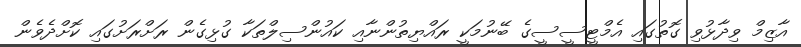
އާޒިމް ވިދާޅުވި ގޮތުގައި އެމްޓީސީސީގެ ބޭނުމަކީ ރައްޔިތުންނާއި ކައުންސިލްތަކާ ގުޅިގެން ރަށްރަށުގައި ކޮށްދެވެން